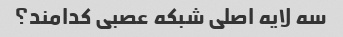
سه لایه اصلی شبکه عصبی کدامند؟